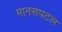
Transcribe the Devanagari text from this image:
मानसपटल